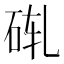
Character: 𬒄